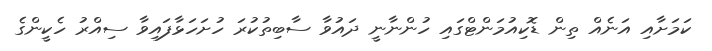
ކަމަށާއި އަނެއް ތިން ޑޮކިއުމަންޓްގައި ހުންނާނީ ދައުވާ ސާބިތުކުރަ ހުށަހަޅާފައިވާ ސިއްރު ހެކީންގެ